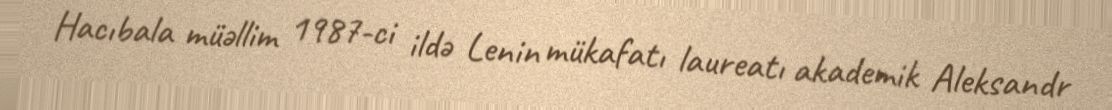
Hacıbala müəllim 1987-ci ildə Lenin mükafatı laureatı akademik Aleksandr